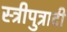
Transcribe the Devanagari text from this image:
स्त्रीपुत्रादी